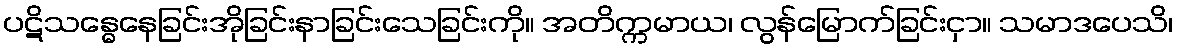
ပဋိသန္ဓေနေခြင်းအိုခြင်းနာခြင်းသေခြင်းကို။ အတိက္ကမာယ၊ လွန်မြောက်ခြင်းငှာ။ သမာဒပေသိ၊